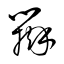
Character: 辯